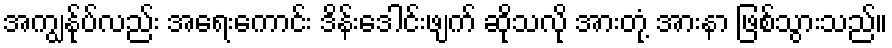
အကျွန်ုပ်လည်း အရေးကောင်း ဒိန်းဒေါင်းဖျက် ဆိုသလို အားတုံ့ အားနာ ဖြစ်သွားသည်။